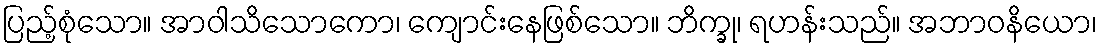
ပြည့်စုံသော။ အာဝါသိသောကော၊ ကျောင်းနေဖြစ်သော။ ဘိက္ခု၊ ရဟန်းသည်။ အဘာဝနိယော၊